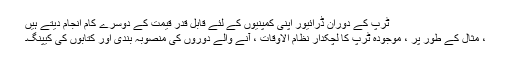
ٹرپ کے دوران ڈرائیور اپنی کمپنیوں کے لئے قابل قدر قیمت کے دوسرے کام انجام دیتے ہیں
، مثال کے طور پر ، موجودہ ٹرپ کا لچکدار نظام الاوقات ، آنے والے دوروں کی منصوبہ بندی اور کتابوں کی کیپنگ۔